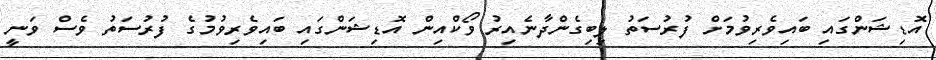
އޮޑިޝަންގައި ބައިވެރިވުމަށް ފުރުސަތު ލިބިގެންދާނެއިރު ވޯކްއިން އޮޑިޝަންގައި ބައިވެރިވުމުގެ ފުރުސަތު ވެސް ވަނީ